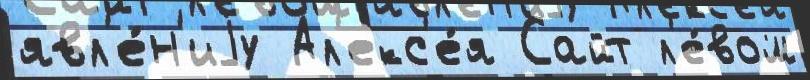
явл'е́н'иjу Ал'екс'е́я Сайт л'е́вом